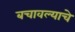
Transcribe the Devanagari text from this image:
बचावल्याचे